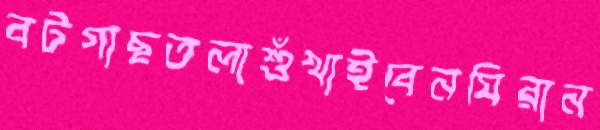
বটগাছতলাশুঁখাইবেনঘিরান